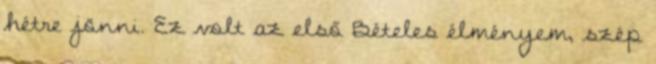
hétre jönni. Ez volt az első Bételes élményem, szép